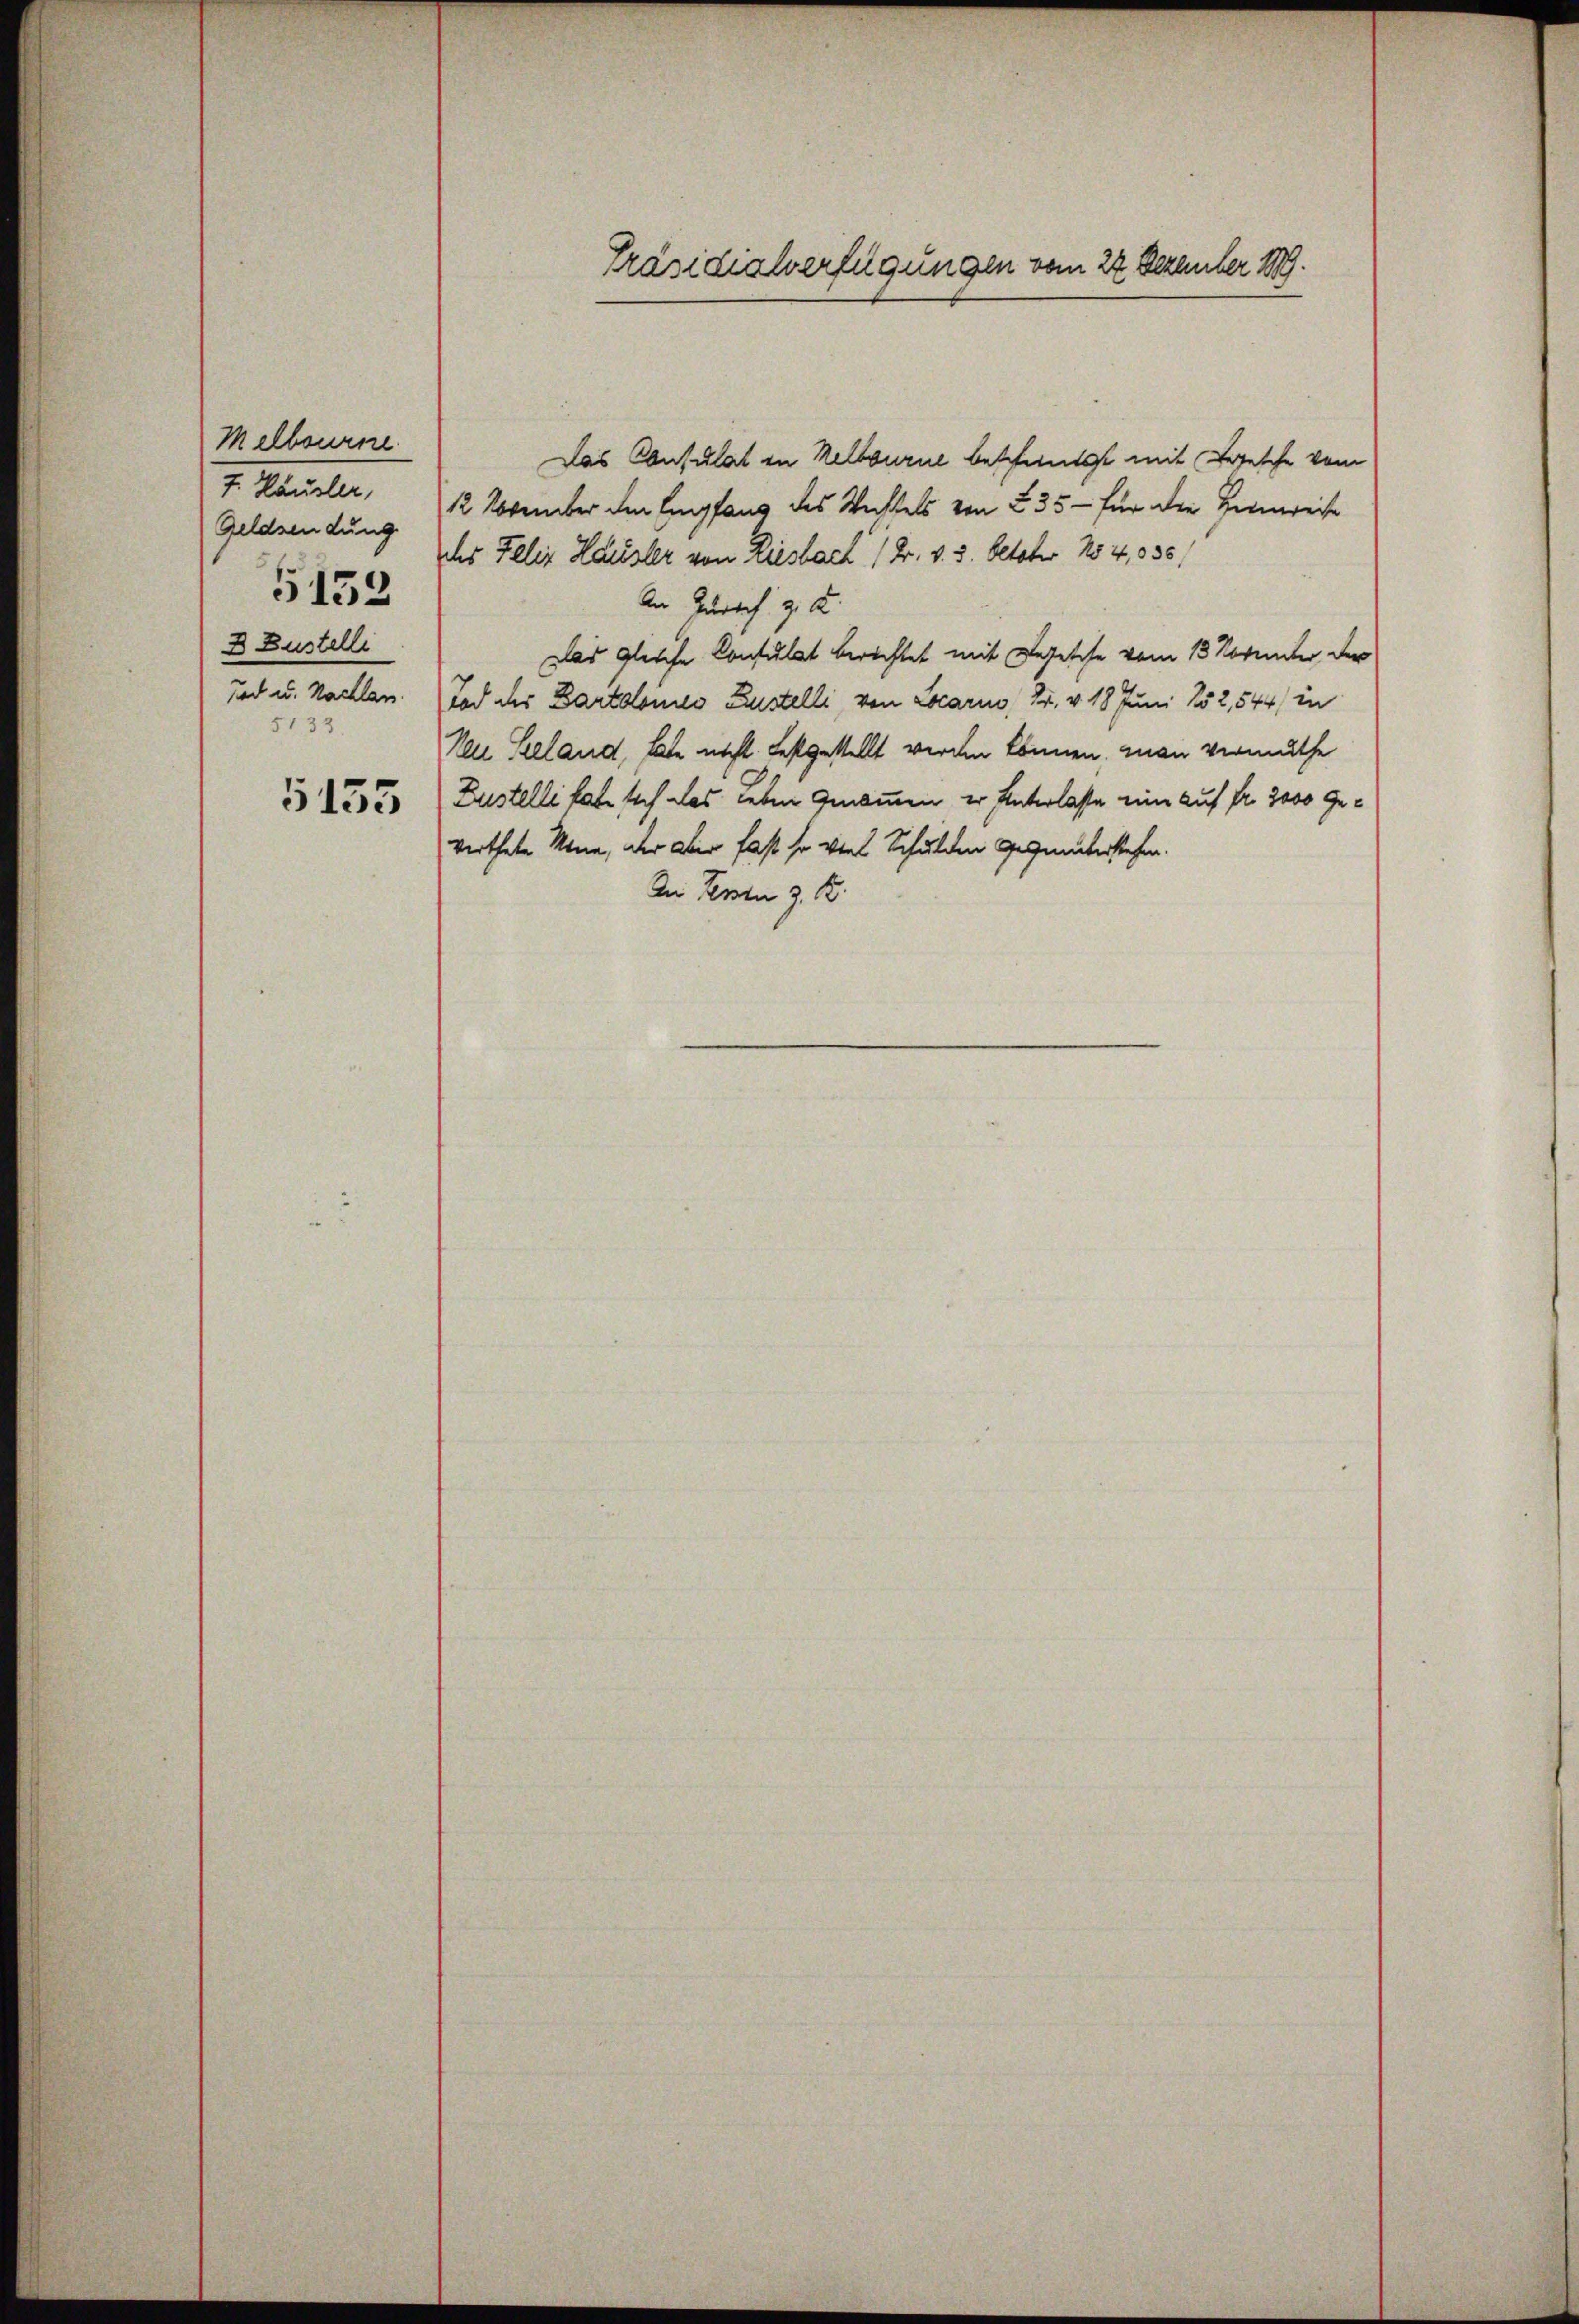
Melbourne
7. Häusler,
Geldsendung
 Lustelle
und u. Nachlan.
5133

5153

5155

Präsidialverfügungen vom 22. Dezember 1899.

Das Consulat in Melbourne beschwitzt mit Besche vom
12 November den Empfang des Rechtels von 235 - für die Heimreise
Ichs Felix Häusler von Riesbach 1 Fr. v. 5. October 254, 835,
An Zürich z. B.
Das gleiche Consulat berichtet mit Besetzte vom 13. Vorunter der
Tod der Bartolomes Lustelli, von Locarno, dr. v. 18 Juni 152,544) in
Nei Beland, hat nicht festgestellt werden können. Man vermuthe
Zustelli habe sich das Leben genommen, er hinterlasse ein auf fr. 3000 Geverthete Mann, der Dir fast so viel Schulden Gegenüberstehen.
Dei Person z. B.